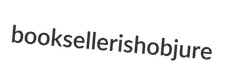
booksellerish objure